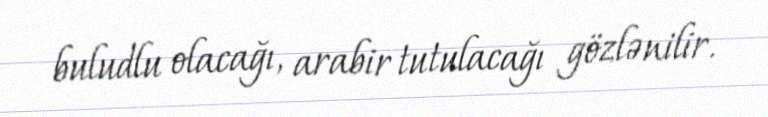
buludlu olacağı, arabir tutulacağı gözlənilir.